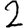
Digit: 2